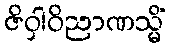
ဇိဝှါဝိညာဏသ္မိံ